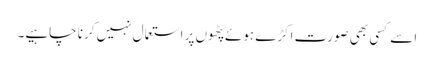
اسے کسی بھی صورت اکڑے ہوئے پٹھوں پر استعمال نہیں کرنا چاہیے۔